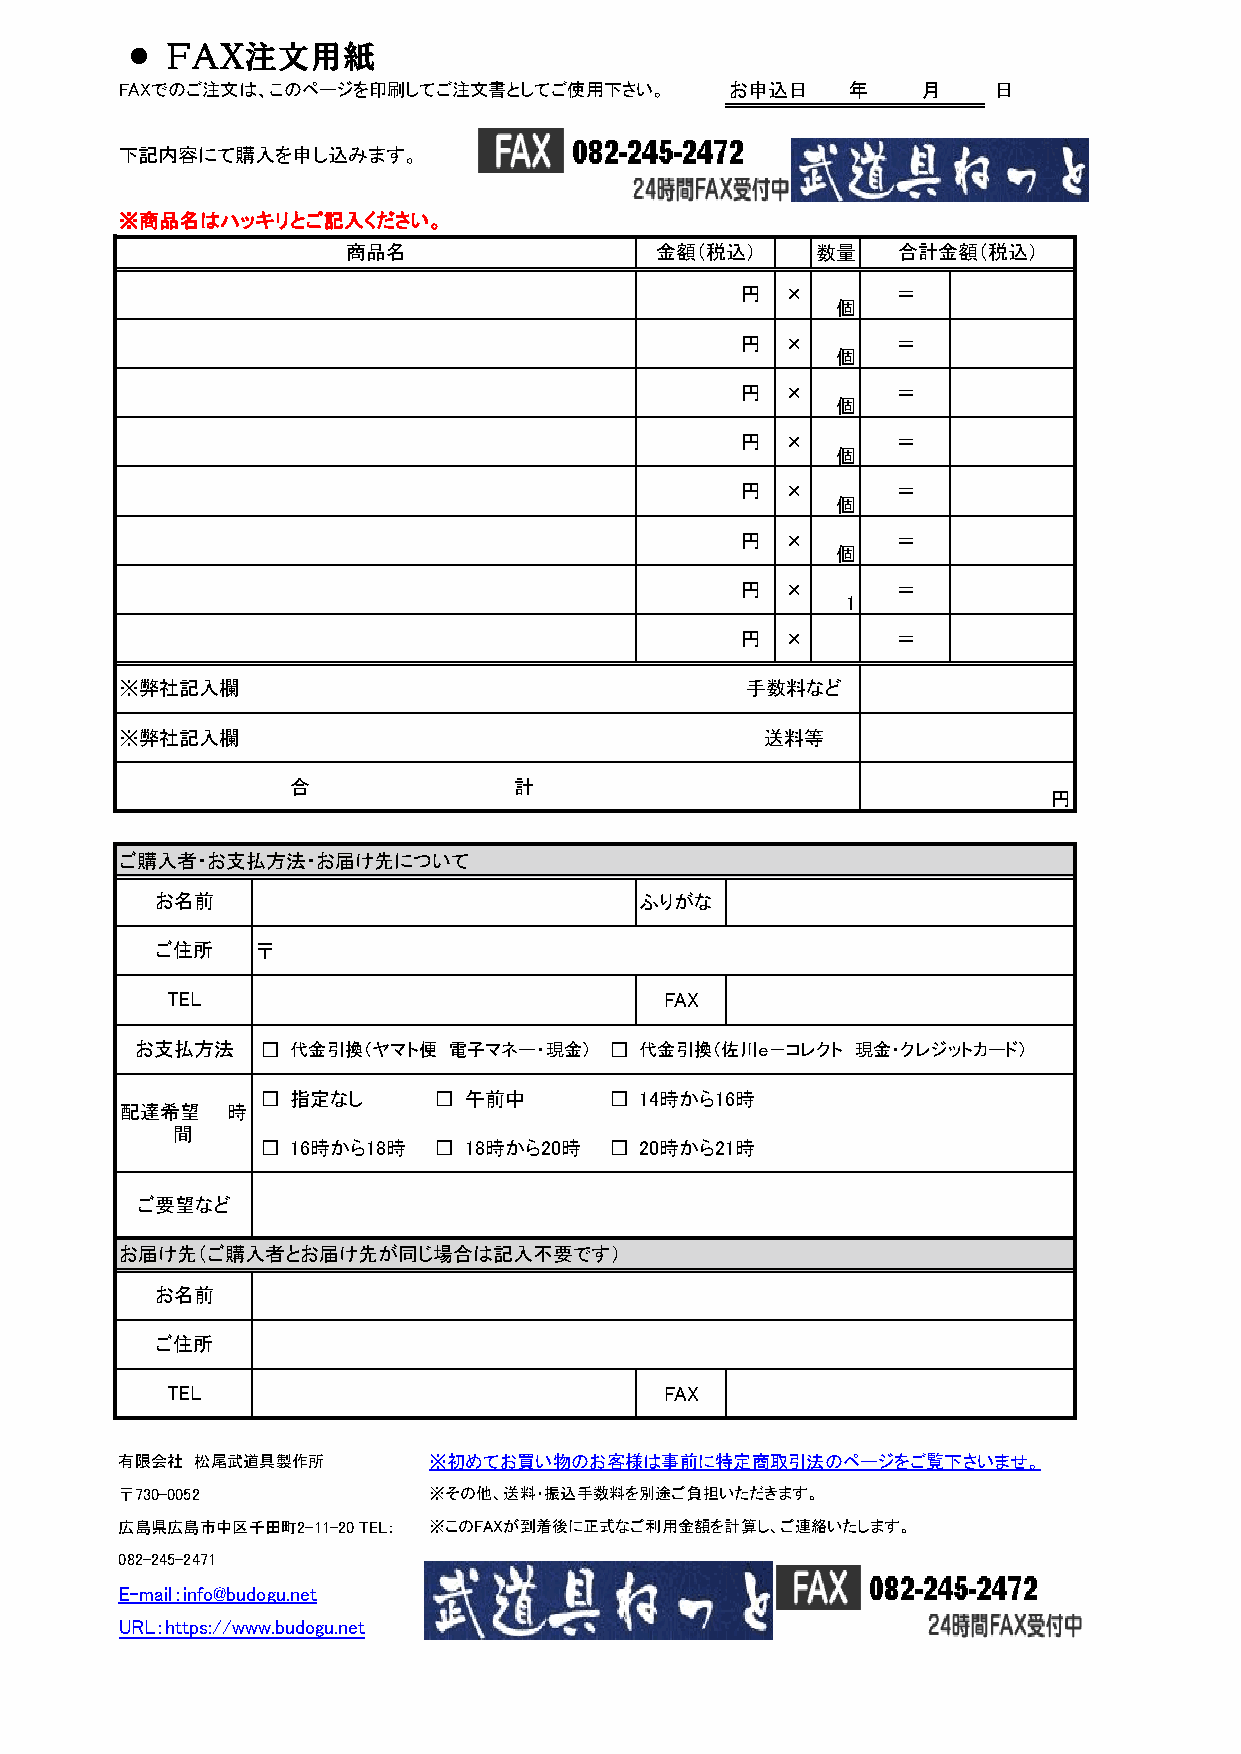
● ＦＡＸ注文用紙
 FAXでのご注文は、このページを印刷してご注文書としてご使用下さい。      お申込日    年    月    日
 下記内容にて購入を申し込みます。
 ※商品名はハッキリとご記入ください。
 商品名                 金額（税込）     数量   合計金額（税込）
 円  ×      ＝
 個
 円  ×      ＝
 個
 円  ×      ＝
 個
 円  ×      ＝
 個
 円  ×      ＝
 個
 円  ×      ＝
 個
 円  ×      ＝
 1
 円  ×      ＝
 ※弊社記入欄                                   手数料など
 ※弊社記入欄                                     送料等
 合              計
 円
 ご購入者・お支払方法・お届け先について
 お名前                             ふりがな
 ご住所    〒
 TEL                              FAX
 お支払方法   □ 代金引換（ヤマト便  電子マネー・現金） □ 代金引換（佐川ｅ－コレクト  現金・クレジットカード）
 □ 指定なし      □ 午前中      □ 14時から16時
 配達希望   時
 間
 □ 16時から18時  □ 18時から20時 □ 20時から21時
 ご要望など
 お届け先（ご購入者とお届け先が同じ場合は記入不要です）
 お名前
 ご住所
 TEL                              FAX
 有限会社 松尾武道具製作所       ※初めてお買い物のお客様は事前に特定商取引法のページをご覧下さいませ。
 〒730-0052           ※その他、送料・振込手数料を別途ご負担いただきます。
 広島県広島市中区千田町2-11-20 TEL： ※このFAXが到着後に正式なご利用金額を計算し、ご連絡いたします。
 082-245-2471
 E-mail：info@budogu.net
 URL：https://www.budogu.net